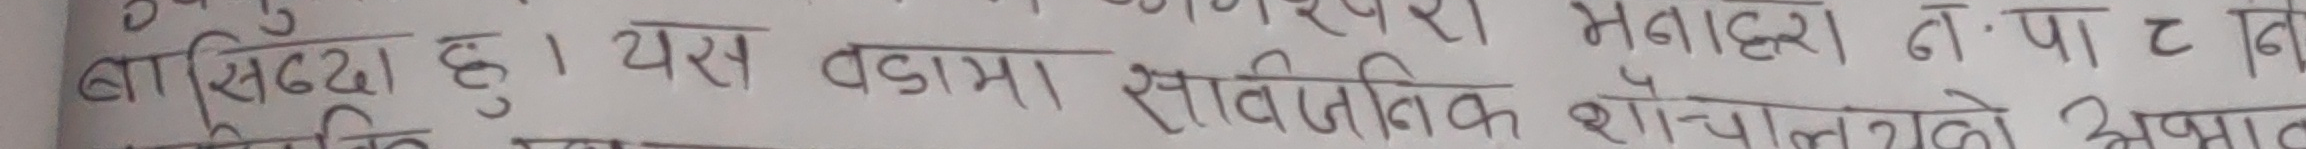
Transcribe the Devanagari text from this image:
बासिन्दा छु। यस वडामा सार्वजनिक शौचालयको प्रपल्